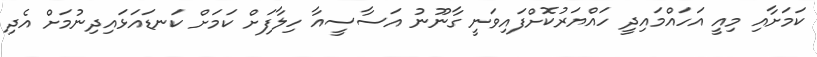
ކަމަށާއި މިއީ އަހައްމައިދީ ހައްޔަރުކޮށްފައިވަނީ ގާނޫނު އަސާސީއާ ހިލާފަށް ކަމަށް ކަނޑައަޅައިދިނުމަށް އެދި